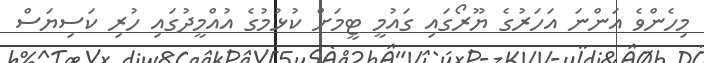
މިހެންވެ އަންނަ އަހަރުގެ ޔޫރޯގައި ގައުމީ ޓީމަށް ކުޅުމުގެ އުއްމީދުގައި ހުރި ކަސިޔަސް